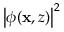
\left| \phi ( \mathbf { x } , z ) \right| ^ { 2 }